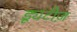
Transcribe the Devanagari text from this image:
ड्यूटीज़